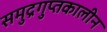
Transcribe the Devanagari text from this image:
समुद्रगुप्तकालीन